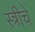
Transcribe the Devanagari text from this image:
स्त्रीचें